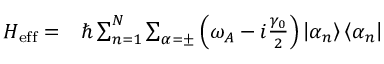
\begin{array} { r l } { H _ { \mathrm { e f f } } = } & { { } \hbar \sum _ { n = 1 } ^ { N } \sum _ { \alpha = \pm } \left( \omega _ { A } - i \frac { \gamma _ { 0 } } { 2 } \right) \left| \alpha _ { n } \right\rangle \left\langle \alpha _ { n } \right| } \end{array}